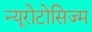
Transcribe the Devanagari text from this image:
न्यूरोटोसिज्म